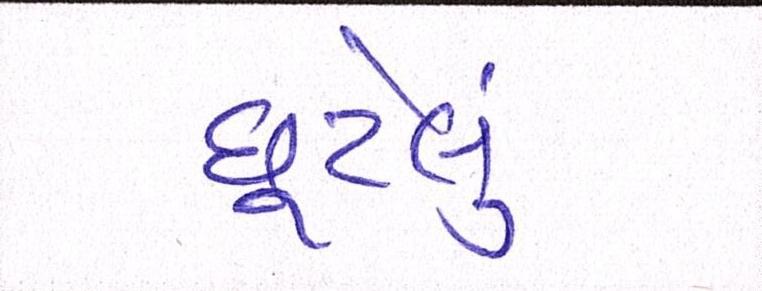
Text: છૂટેલું